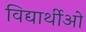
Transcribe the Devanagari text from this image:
विद्यार्थीओ